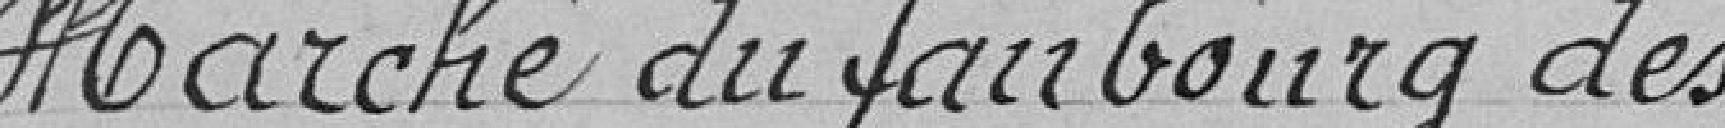
Marché du faubourg des